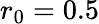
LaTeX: {r_{0}}=0.5